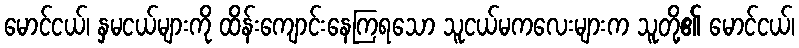
မောင်ငယ်၊ နှမငယ်များကို ထိန်းကျောင်းနေကြရသော သူငယ်မကလေးများက သူတို့၏ မောင်ငယ်၊